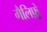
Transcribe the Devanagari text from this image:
गैलिफ़्रे